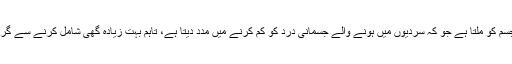
گاجر کے حلوے میں صحت کے لیے فائدہ مند فیٹ بھی جسم کو ملتا ہے جو کہ سردیوں میں ہونے والے جسمانی درد کو کم کرنے میں مدد دیتا ہے، تاہم بہت زیادہ گھی شامل کرنے سے گریز کرنا چاہئے بلکہ دیسی گھی کا استعمال زیادہ بہتر ہے۔